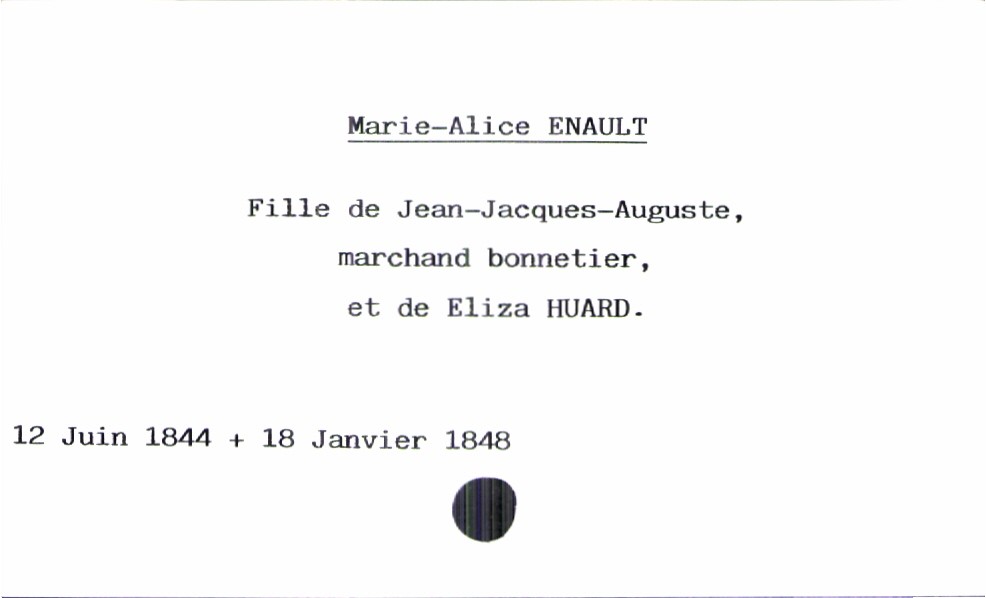
type_acte: Baptême
filiation: fille
enfant_prénom: Marie-Alice
enfant_date_de_naissance: 12 juin 1844
enfant_date_de_décès: 18 janvier 1848
père_enfant_nom: Enault
père_enfant_prénom: Jean-Jacques-Auguste
père_enfant_profession: marchand bonnetier
mère_enfant_nom: Huard
mère_enfant_prénom: Eliza